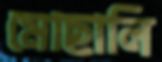
মোছালি